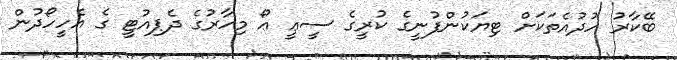
ބޭކާރު ހުދުއެތަކަށް ޓިޔަކުންފުނީގެ ކުރީގެ ސީޢީ ޢޯ މިހާރުގެ ދެޕިއުޓީ ގެ އެހީހޯދުން